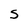
Character: s